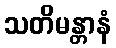
သတိမန္တာနံ